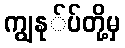
ကျွနု်ပ်တို့မှ